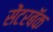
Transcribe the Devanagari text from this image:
सेंटरबॅक